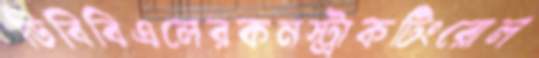
ডিবিবিএলেরকনস্ট্রাকটিংরোল